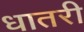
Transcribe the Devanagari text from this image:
धातरी